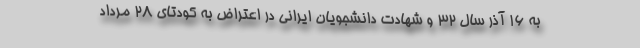
به ۱۶ آذر سال ۳۲ و شهادت دانشجویان ایرانی در اعتراض به کودتای ۲۸ مرداد